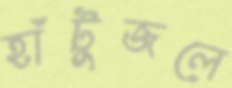
হাঁটুজলে